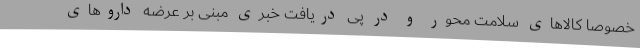
خصوصا کالاهای سلامت محور و در پی دریافت خبری مبنی بر عرضه داروهای